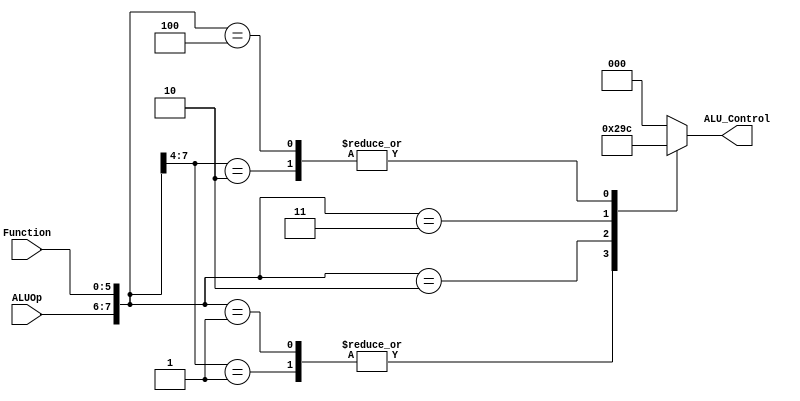
`timescale 1ns / 1ps
//////////////////////////////////////////////////////////////////////////////////
// Company: 
// Engineer: 
// 
// Design Name: 
// Module Name:    ALUControl 
// Project Name: 
// Target Devices: 
// Tool versions: 
// Description: 
//
// Dependencies: 
//
// Revision: 
// Revision 0.01 - File Created
// Additional Comments: 
//
//////////////////////////////////////////////////////////////////////////////////
module ALUControl(
    output reg [2:0] ALU_Control,
    input [1:0] ALUOp,
    input [5:0] Function
    );
	 
	 wire [7:0] ALUControlIn;  
	 assign ALUControlIn = {ALUOp,Function};  
	 always @(ALUControlIn)  
	 casex (ALUControlIn)  
    8'b11xxxx: ALU_Control=3'b000;  
    8'b10xxxx: ALU_Control=3'b100;  
    8'b01xxxx: ALU_Control=3'b001;  
    8'b000000: ALU_Control=3'b000;  
    8'b000001: ALU_Control=3'b001;  
    8'b000010: ALU_Control=3'b010;  
    8'b000011: ALU_Control=3'b011;  
    8'b000100: ALU_Control=3'b100;  
    default: ALU_Control=3'b000;  
    endcase  
endmodule